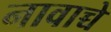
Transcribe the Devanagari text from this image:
नावाच्चे